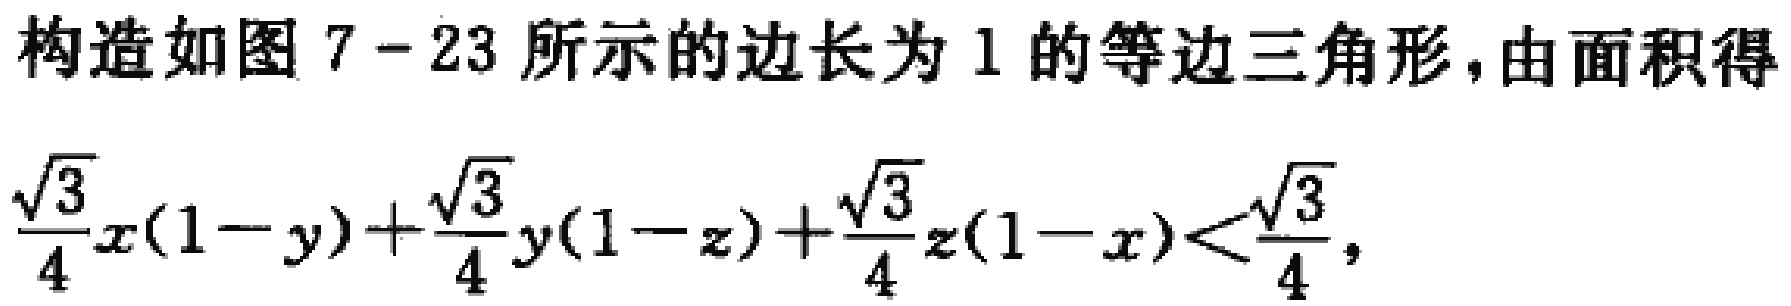
构造如图 7 - 23 所示的边长为 1 的等边三角形,由面积得
\(\frac{\sqrt{3}}{4}x(1 - y)+\frac{\sqrt{3}}{4}y(1 - z)+\frac{\sqrt{3}}{4}z(1 - x)<\frac{\sqrt{3}}{4},\)